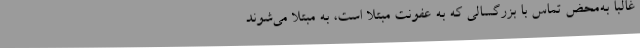
غالباً به‌محض تماس با بزرگسالی که به عفونت مبتلا است، به مبتلا می‌شوند